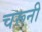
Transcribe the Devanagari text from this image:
चरूनी